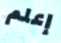
إعلم